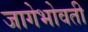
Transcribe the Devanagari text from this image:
जागेभोवती